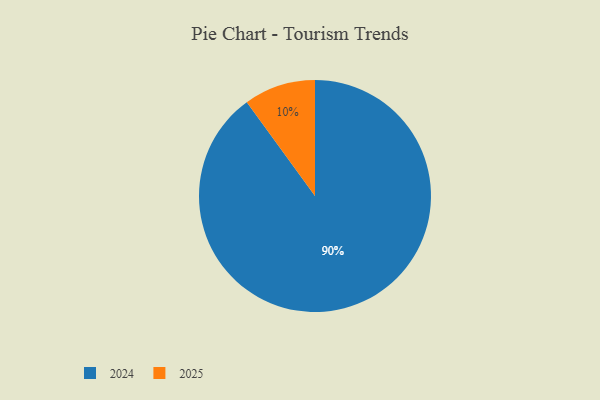
{"axis": {"x": "Category", "y": "Percentage"}, "legend": ["2024", "2025"], "data": [{"x": "2024", "y": 90, "type": "2024"}, {"x": "2025", "y": 10, "type": "2025"}]}